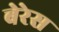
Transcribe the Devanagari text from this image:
बेरेस